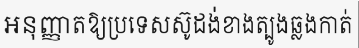
អនុញ្ញាតឱ្យប្រទេសស៊ូដង់ខាងត្បូងឆ្លងកាត់